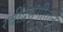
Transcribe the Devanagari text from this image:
रवींद्रसंगीताने